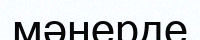
мәнерде